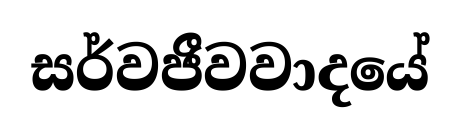
සර්වජීවවාදයේ